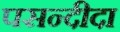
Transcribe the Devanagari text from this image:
पसन्‍दीदा